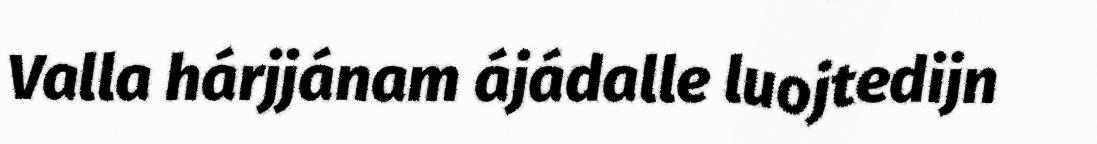
Valla hárjjánam ájádalle luojtedijn